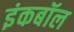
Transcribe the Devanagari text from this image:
इंकबॉल